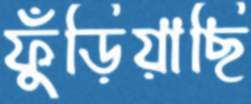
ফুঁড়িয়াছি